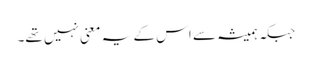
جبکہ ہمیشہ سے اس کے یہ معنی نہیں تھے۔